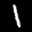
Label: 1